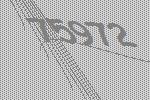
75972